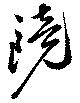
鏡